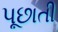
પૂછાતી